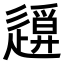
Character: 𨖪